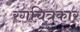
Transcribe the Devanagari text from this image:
रंगचित्रकार